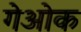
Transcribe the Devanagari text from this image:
गेओक